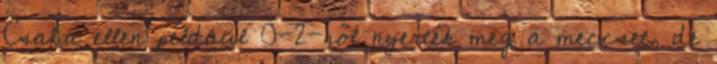
Csaba ellen például 0-2-ről nyerték meg a meccset, de